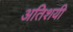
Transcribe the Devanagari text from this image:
अतिशयी